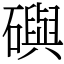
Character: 礖